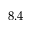
8 . 4